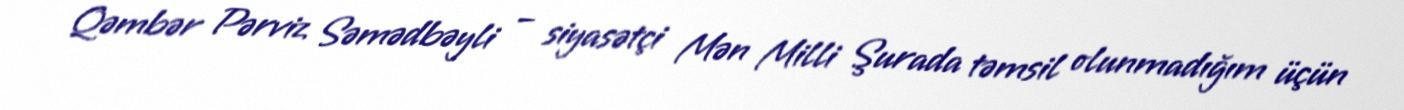
Qəmbər Pərviz Səmədbəyli – siyasətçi Mən Milli Şurada təmsil olunmadığım üçün